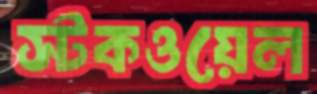
স্টকওয়েল